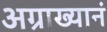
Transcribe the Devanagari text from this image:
अग्राख्यानं